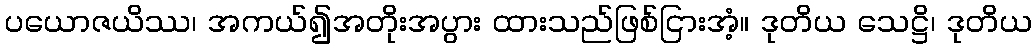
ပယောဇယိဿ၊ အကယ်၍အတိုးအပွား ထားသည်ဖြစ်ငြားအံ့။ ဒုတိယ သေဋ္ဌိ၊ ဒုတိယ